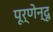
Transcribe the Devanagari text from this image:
पूर्णेन्दू